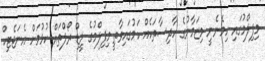
މިފިލްމުގައި ހިމެނެނީ މިޒަމާނުގެ ހާދިސާތަކެއް ކަމުގައިވާތީ މިފިލްމުގެ ލީޑް ރޯލްތައް ކުޅުމަށް އެނަޖެޓިކް